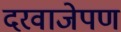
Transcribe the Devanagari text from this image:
दरवाजेपण